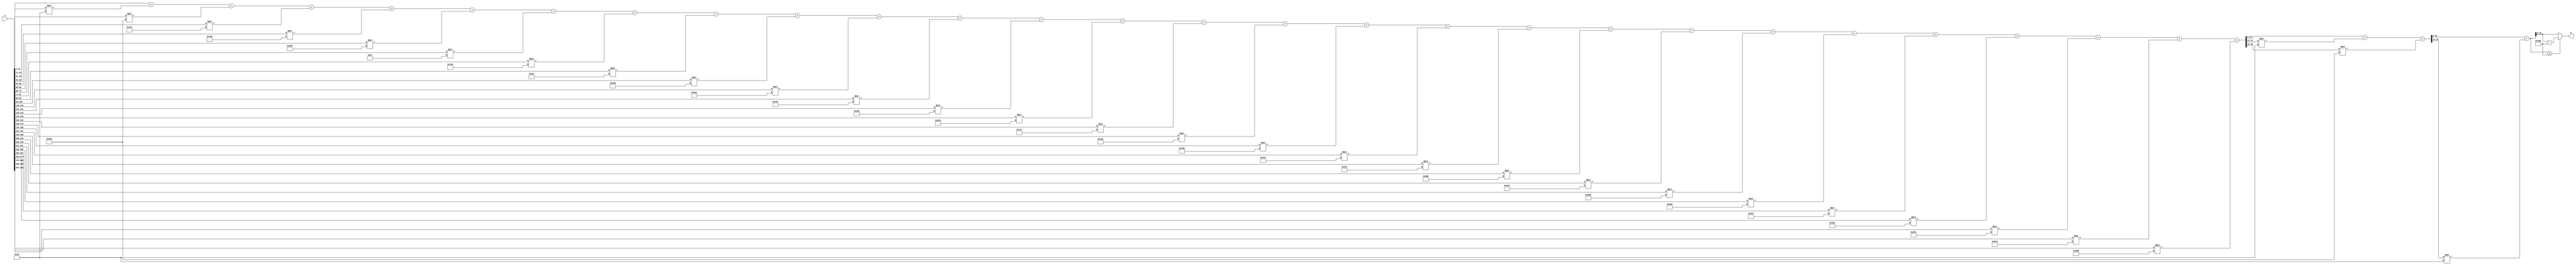
module x_300_mod_2011(
    input [300:1] X,
    output [11:1] R
    );

wire [26:1] R_temp_1;
wire [17:1] R_temp_2;
wire [12:1] R_temp_3;
reg [11:1]  R_temp;

assign R_temp_1 = X [ 11 : 1 ]  + X [ 22 : 12 ] * 6'b100101 + X [ 33 : 23 ] * 11'b10101011001 + 
X [ 44 : 34 ] * 9'b101111010 + X [ 55 : 45 ] * 11'b11110000000 + X [ 66 : 56 ] * 10'b1010001111 + 
X [ 77 : 67 ] * 7'b1100111 + X [ 88 : 78 ] * 11'b11100001000 + X [ 99 : 89 ] * 8'b11101101 + 
X [ 110 : 100 ] * 10'b1011010101 + X [ 121 : 111 ] * 10'b1010101010 + X [ 132 : 122 ] * 11'b10001001110 + 
X [ 143 : 133 ] * 10'b1000101010 + X [ 154 : 144 ] * 9'b110000100 + X [ 165 : 155 ] * 9'b100010111 + 
X [ 176 : 166 ] * 9'b100001100 + X [ 187 : 177 ] * 11'b11101010000 + X [ 198 : 188 ] * 10'b1101111010 + 
X [ 209 : 199 ] * 10'b1011110010 + X [ 220 : 210 ] * 11'b11011011011 + X [ 231 : 221 ] * 10'b1001000111 + 
X [ 242 : 232 ] * 11'b10110110101 + X [ 253 : 243 ] * 11'b11011101011 + X [ 264 : 254 ] * 11'b10010010111 + 
X [ 275 : 265 ] * 11'b10011011100 + X [ 286 : 276 ] * 11'b11011111010 + X [ 297 : 287 ] * 11'b11011000010 + 
X [ 300 : 298 ] * 11'b11010000101 ;

assign R_temp_2 = R_temp_1 [ 11 : 1 ]  + R_temp_1 [ 22 : 12 ] * 6'b100101 + 
R_temp_1 [ 26 : 23 ] * 11'b10101011001 ;

assign R_temp_3 = R_temp_2 [ 11 : 1 ]  + R_temp_2 [ 17 : 12 ] * 6'b100101 ;

always @(R_temp_3)
begin
  if (R_temp_3 >= 11'b11111011011)
    R_temp <= R_temp_3 - 11'b11111011011;
  else
    R_temp <= R_temp_3;
end

assign R = R_temp;

endmodule